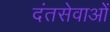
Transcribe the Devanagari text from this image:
दंतसेवाओं